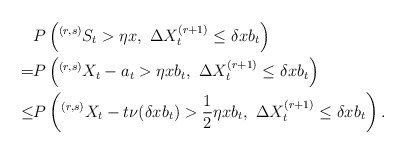
\begin{align*} &P\left( ^{(r,s)}S_t > \eta x,\ \Delta X_t^{(r+1)} \le \delta x b_t \right) \\ = & P\left( ^{(r,s)}X_t-a_t > \eta xb_t,\ \Delta X_t^{(r+1)} \le \delta x b_t \right) \\ \le &P\left( ^{(r,s)}X_t - t\nu(\delta x b_t) > \frac 1 2 \eta x b_t,\ \Delta X_t^{(r+1)} \le \delta x b_t\right).\end{align*}